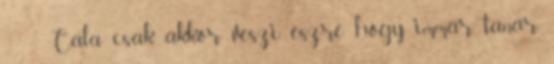
Cala csak akkor veszi észre, hogy immár tanár